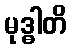
မုဒ္ဓါတိ